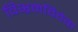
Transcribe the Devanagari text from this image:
विभ्रमविवेक